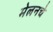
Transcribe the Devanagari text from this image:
मेलनचे